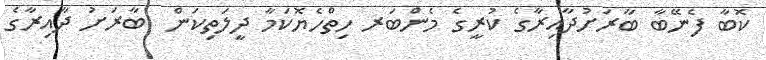
ކޮބާ ފެނޭބާ ބާރަށުދާއިރާގެ ކުރީގެ މެންބަރ ހިތްހެޔޮކަމާ ދީލަތިކަން  ބާރަށު ދާއިރާގެ